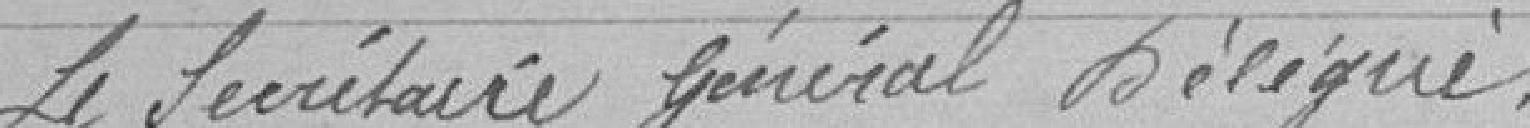
Le Secrétaire Général Délégué :